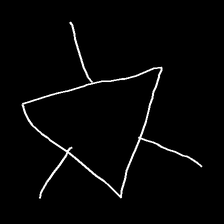
Glyph: fire